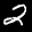
Label: 2